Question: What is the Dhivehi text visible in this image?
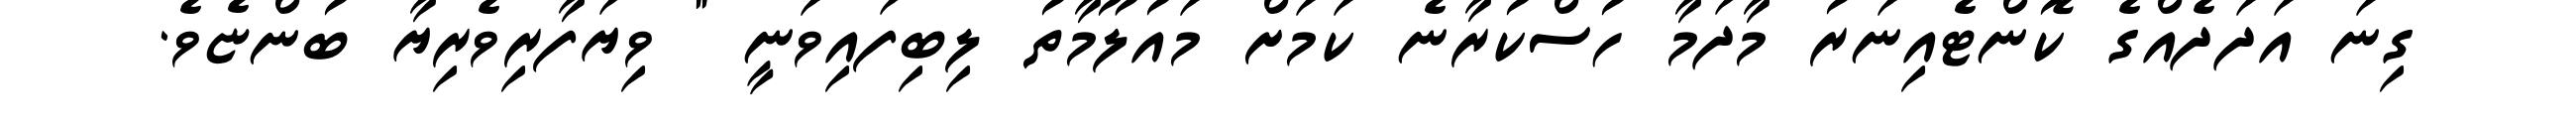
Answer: ގިނަ އަދަދެއްގެ ކޮންޓެއިނަރު މާދަމާ ހުސްކުރާނެ ކަމަށް މައުލޫމާތު ލިބިފައިވަނީ " ވިޔަފާރިވެރިޔާ ބުންޏެވެ.